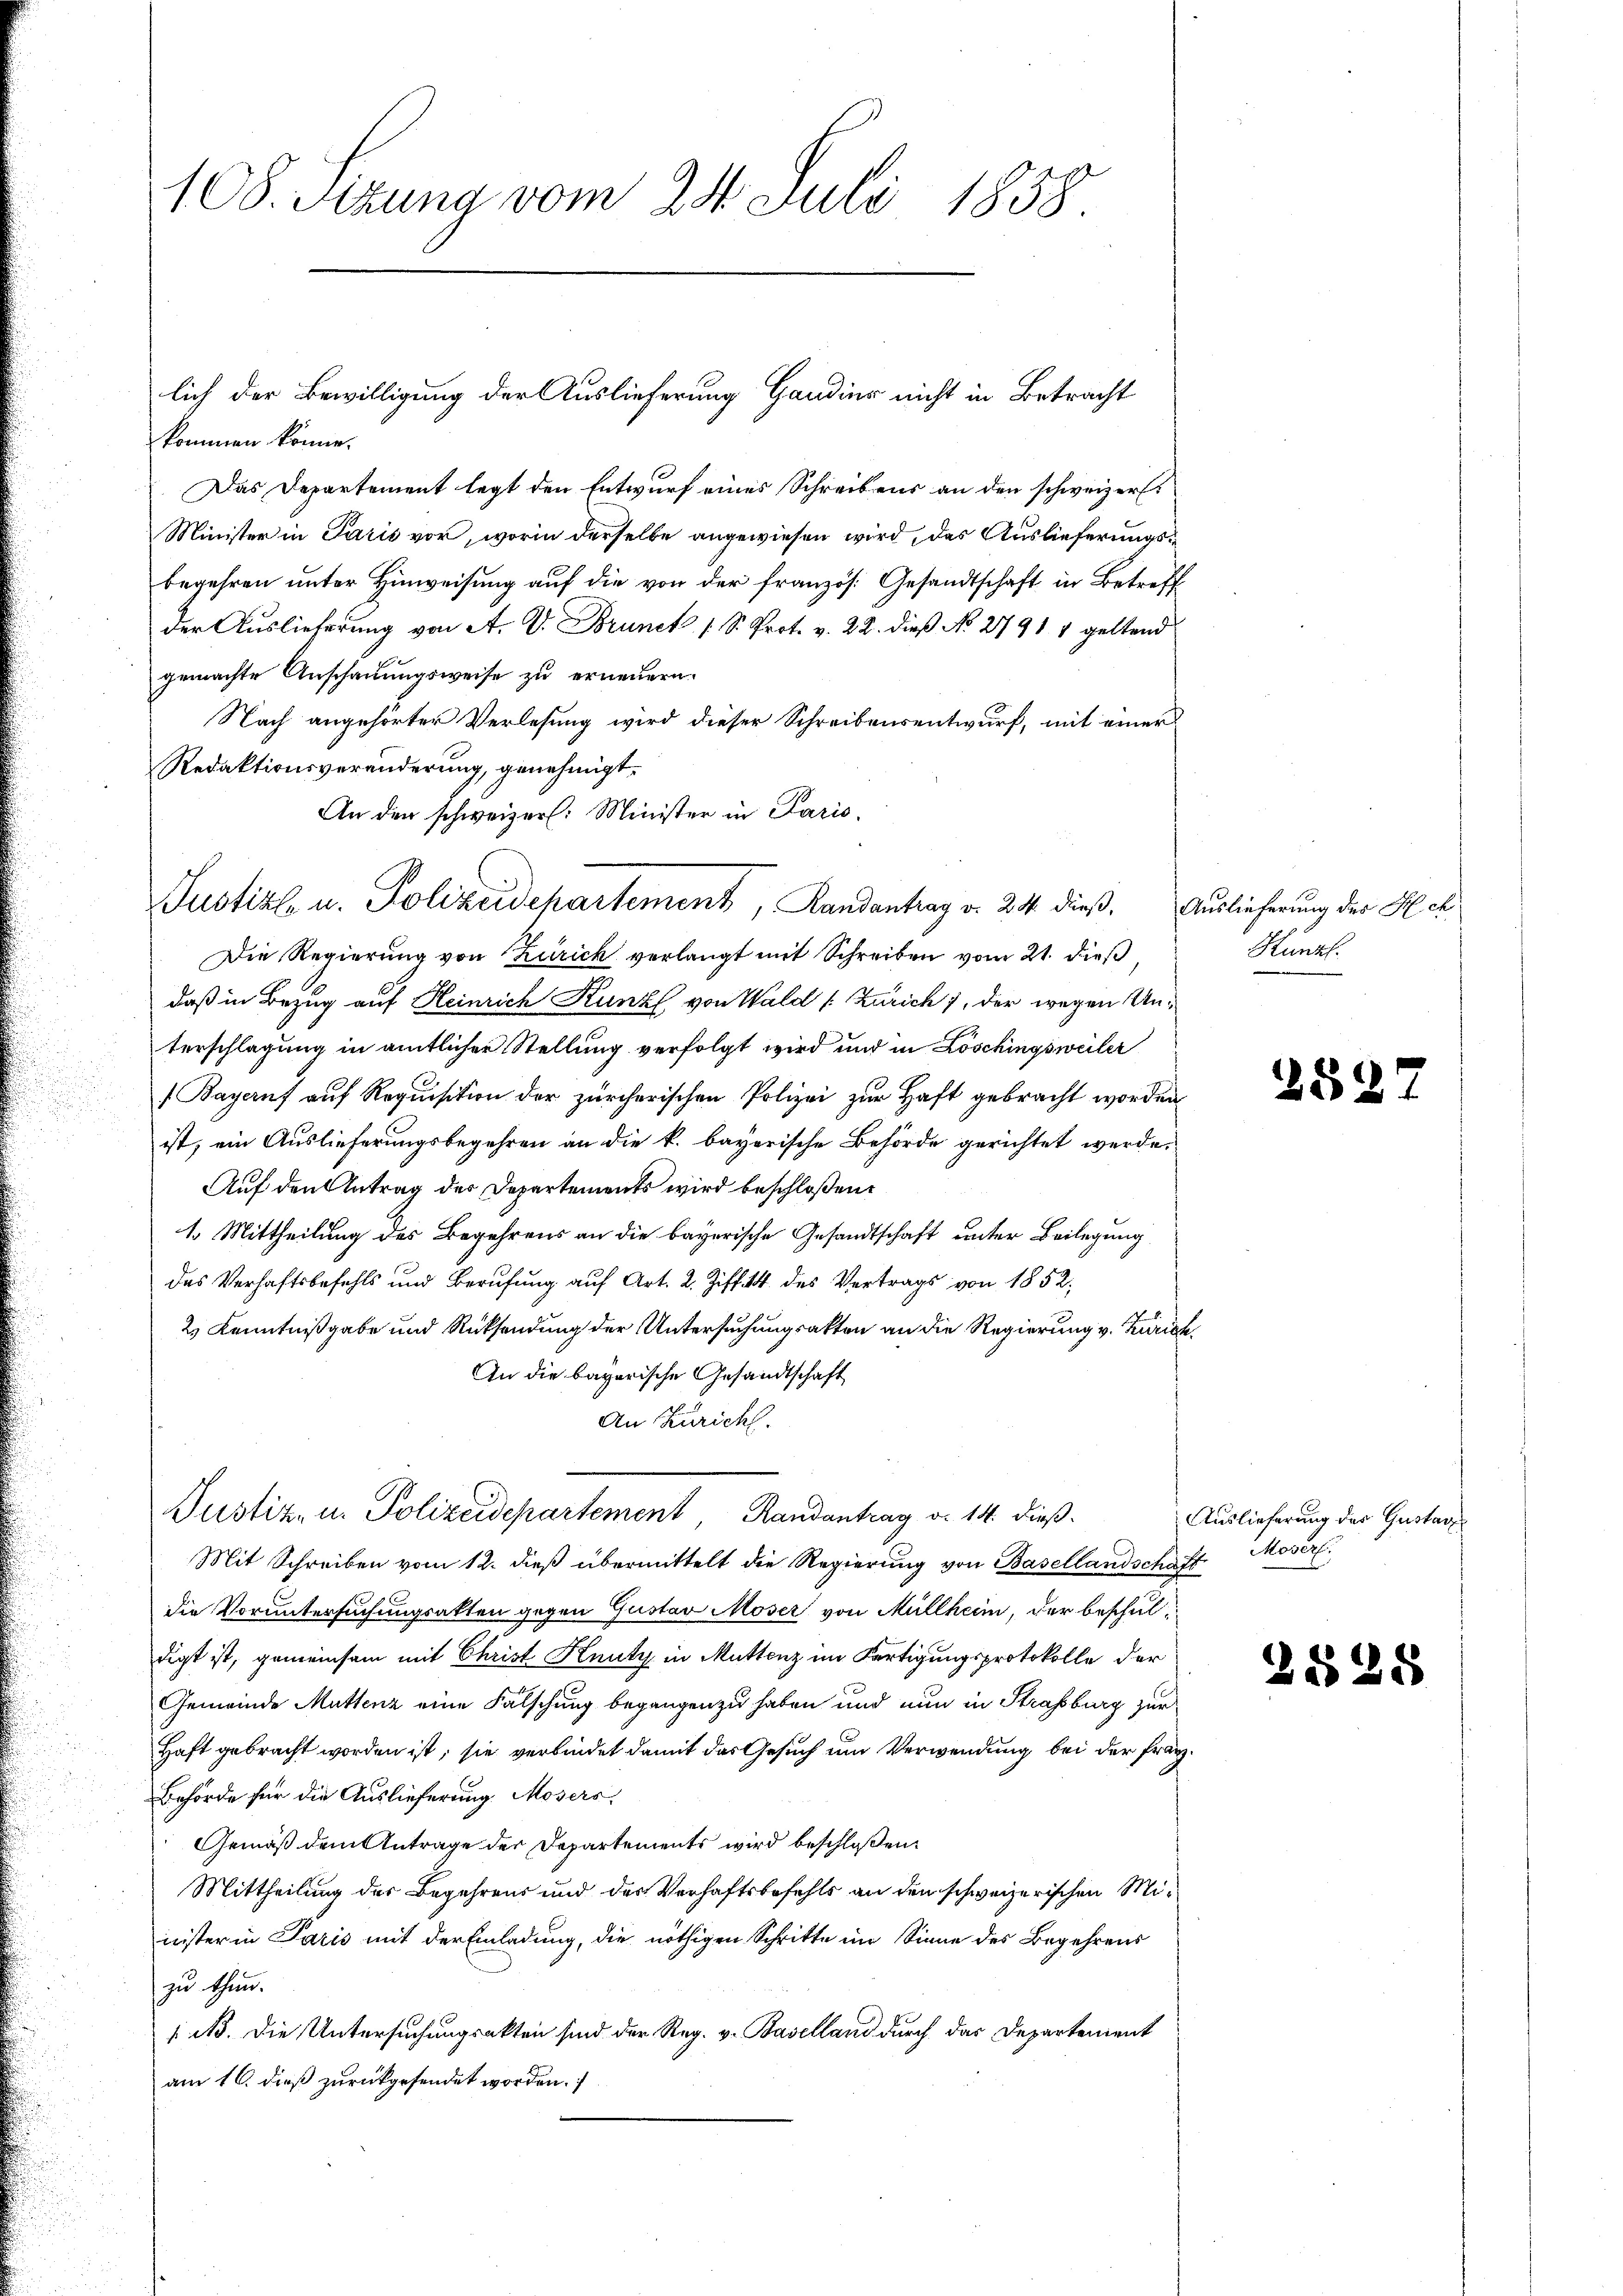
kommen könne.
Das Departement legt den Entwurf eines Schreibens an den schweizer
Minister in Paris vor, worin derselbe angewiesen wird, das Auslieferungsbegehren unter Hinweisung auf die von der französ. Gesandtschaft in Betreff
der Auslieferung von A. V. Brunck 1 S. Prot. v. 22. dieß No 2791 5 geltend
gemachte Anschauungsweise zu erneuern.
Nach angehörter Verlesung wird dieser Schreibensentwurf, mit einer
Redaktionsveränderung, genehmigt.
An den schweizer. Minister in Paris.

108. Setzung vom 24. Juli 1858.

Justiz u. Polizeidepartement, Randantrag v. 24 dieß. Auslieferung der Klet

Die Regierung von Zürich verlangt mit Schreiben vom 21. dieß
daß in Bezug auf Heinrich Kunz von Wald (Zürich), der wegen Unterschlagung in amtlicher Stellung verfolgt wird und in Löschingsweiler
(Bayernf auf Requisition der zürcherischen Polizei zur Haft gebracht worden
ist, ein Auslieferungsbegehren an die k. bayerische Behörde gerichtet werde.
Auf den Antrag der Departements wird beschloßen:
1. Mittheilung des Begehrens an die bayerische Gesandtschaft unter Beilegung
des Verhaftsbefehls und Berufung auf Art. 2. Ziff. 44 des Vertrags von 1852,
2.) Kenntnißgabe und Rücksendung der Untersuchungsakten an die Regierung v. Zürich,
An die bayerische Gesandtschaft
An Zürich.
Mit Schreiben vom 12. dieß übermittelt die Regierung von Basellandschaft
die Voruntersuchungsakten gegen Gustav Moser von Müllheim, der beschuldigt ist, gemeinsam mit Christ Knuty in Muttenz im Fertigungsprotokolle der
Gemeinde Muttenz eine Fälschung begangen zu haben und nun in Straßburg zur
Haft gebracht worden ist, sie verbindet damit das Gesuch um Verwendung, bei der Franz
Behörde für die Auslieferung Mosers,
Gemäß dem Antrage der Departements wird beschloßen:
Mittheilung des Begehrens und des Verhaftsbefehls an den schweizerischen Minister in Paris mit der Einladung, die nöthigen Schritte im Sinne des Begehrens
zu thun.
1 Ns. die Untersuchungsakten sind der Reg. v. Baselland durch das Departement
am 16. dieß zurückgesendet worden.

Justiz- u. Polizeidepartement Randantrag v. 14. dieß.

lich der Bewilligung der Auslieferung Gaudier nicht in Betracht

Kunzl.

289

2

Auslieferung der Gustan
Moser.

2828